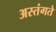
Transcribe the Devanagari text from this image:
अस्तंगते